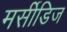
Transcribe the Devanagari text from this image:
मर्सीडिज